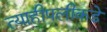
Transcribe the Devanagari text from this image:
त्याहीपलीकडे